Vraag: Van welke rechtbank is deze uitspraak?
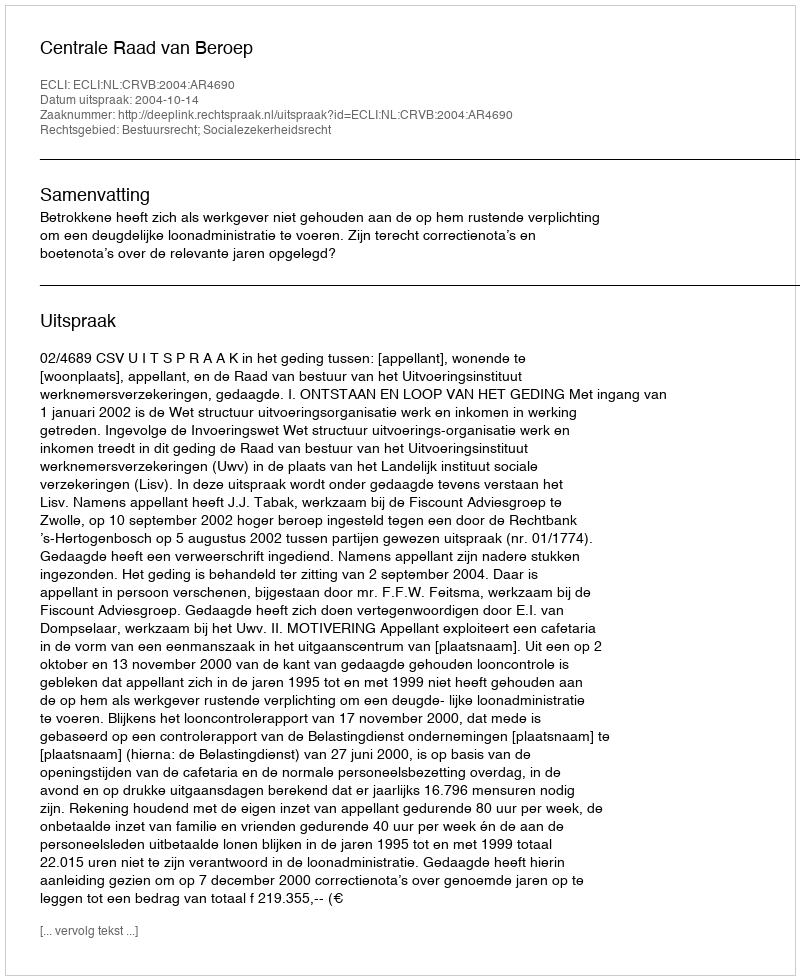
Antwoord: Centrale Raad van Beroep